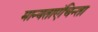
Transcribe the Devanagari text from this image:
मान्यताएंचिन्ता